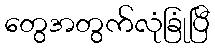
တွေအတွက်လုံခြုံပြီ